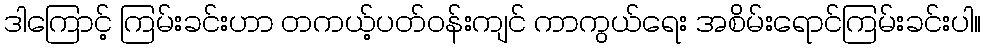
ဒါကြောင့် ကြမ်းခင်းဟာ တကယ့်ပတ်ဝန်းကျင် ကာကွယ်ရေး အစိမ်းရောင်ကြမ်းခင်းပါ။